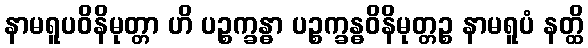
နာမရူပဝိနိမုတ္တာ ဟိ ပဉ္စက္ခန္ဓာ ပဉ္စက္ခန္ဓဝိနိမုတ္တဉ္စ နာမရူပံ နတ္ထိ